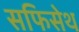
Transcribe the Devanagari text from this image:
सफिसेथ